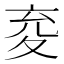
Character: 𭐤